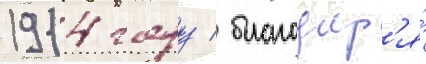
1914 году / благодар'я́